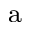
\mathrm { ^ a }